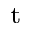
_ \mathrm { t }